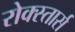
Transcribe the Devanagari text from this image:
रोक्स्तार्स